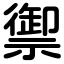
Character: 禦